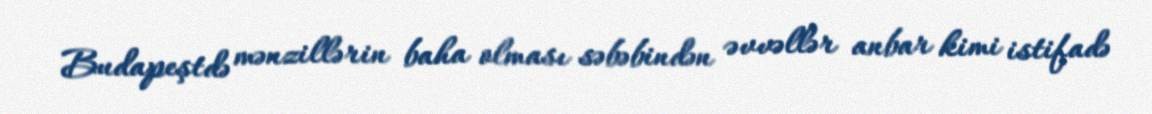
Budapeştdə mənzillərin baha olması səbəbindən əvvəllər anbar kimi istifadə